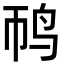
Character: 䴓